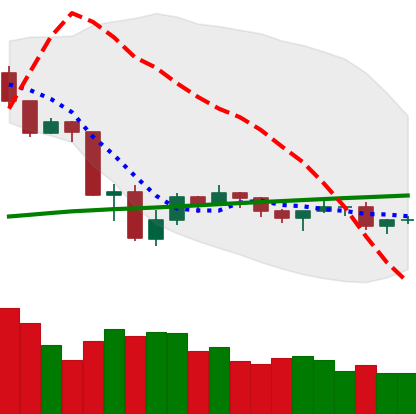
Ticker: ETH-USD
Chart end date: 2019-07-29
Forward return: 5.312%
Label: up_5_7